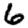
Digit: 6